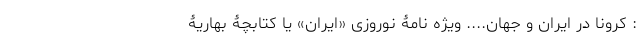
: کرونا در ایران و جهان.... ویژه نامۀ نوروزی «ایران» یا کتابچۀ بهاریۀ